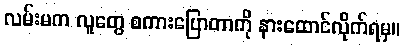
လမ်းမက လူတွေ စကားပြောတာကို နားထောင်လိုက်ရမှ။